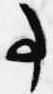
事